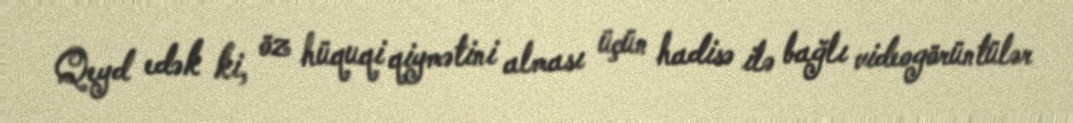
Qeyd edək ki, öz hüquqi qiymətini alması üçün hadisə ilə bağlı videogörüntülər